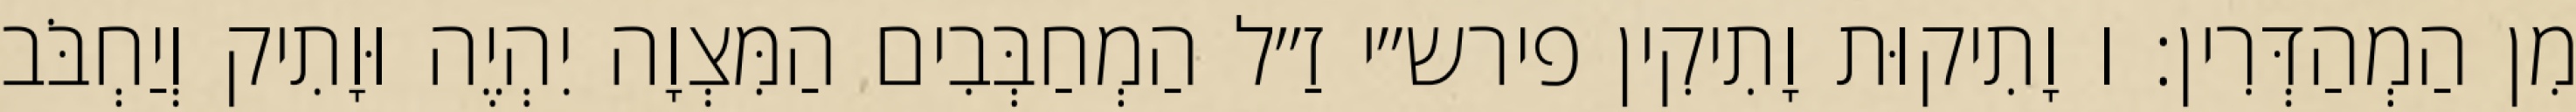
מִן הַמְהַדְּרִין: ו וָתִיקוּת וָתִיקִין פירש״י זַ״ל הַמְחַבְּבִים הַמִּצְוָה יִהְיֶה וּוָתִיק וְיַחְבֹּב